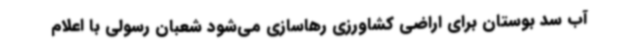
آب سد بوستان برای اراضی کشاورزی رهاسازی می‌شود شعبان رسولی با اعلام